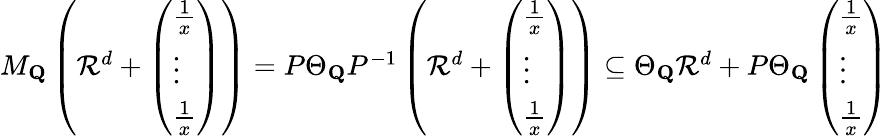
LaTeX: \begin{array}{r}{M_{\mathbf{Q}}\left(\mathcal{R}^{d}+\left(\begin{array}{l}{\frac{1}{x}}\\ {\vdots}\\ {\frac{1}{x}}\end{array}\right)\right)=P\Theta_{\mathbf{Q}}P^{-1}\left(\mathcal{R}^{d}+\left(\begin{array}{l}{\frac{1}{x}}\\ {\vdots}\\ {\frac{1}{x}}\end{array}\right)\right)\subseteq\Theta_{\mathbf{Q}}\mathcal{R}^{d}+P\Theta_{\mathbf{Q}}\left(\begin{array}{l}{\frac{1}{x}}\\ {\vdots}\\ {\frac{1}{x}}\end{array}\right)}\end{array}